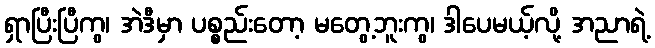
ရှာပြီးပြီကွ၊ အဲဒီမှာ ပစ္စည်းတော့ မတွေ့ဘူးကွ၊ ဒါပေမယ့်လို့ အညာရဲ့